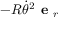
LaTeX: - R { \dot { \theta } } ^ { 2 } { \textbf { e } } _ { r }